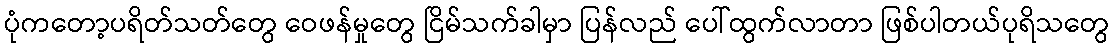
ပုံကတော့ပရိတ်သတ်တွေ ဝေဖန်မှုတွေ ငြိမ်သက်ခါမှာ ပြန်လည် ပေါ်ထွက်လာတာ ဖြစ်ပါတယ်ပုရိသတွေ